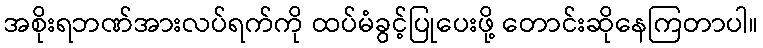
အစိုးရဘဏ်အားလပ်ရက်ကို ထပ်မံခွင့်ပြုပေးဖို့ တောင်းဆိုနေကြတာပါ။